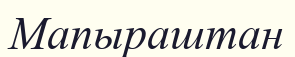
Мапыраштан